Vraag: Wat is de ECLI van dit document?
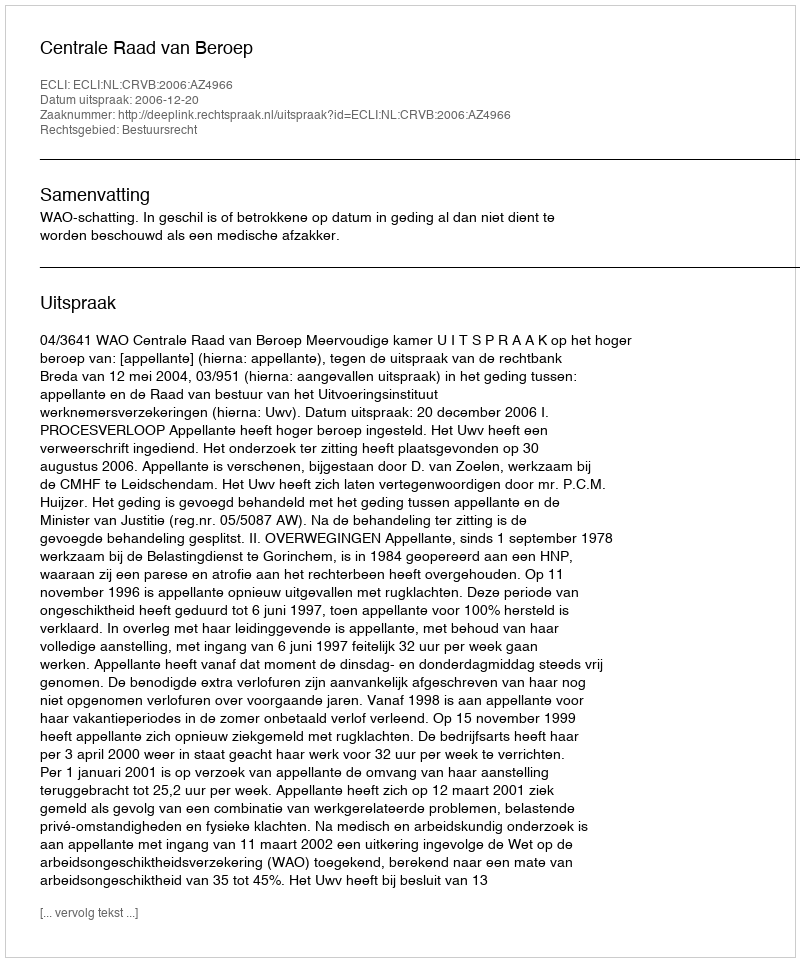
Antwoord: ECLI:NL:CRVB:2006:AZ4966